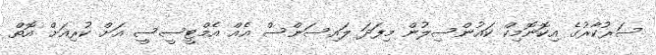
ސަރުކާރުގެ އިކޮނޮމިކް ކައުންސިލުން މިފަދަ ލައިސަންސް އެއް އެމްޓީސީސީ އަށް ކުރިއަށް އޮތް